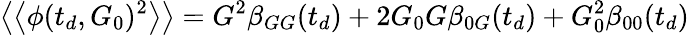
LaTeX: \left\langle\left\langle\phi(t_{d},G_{0})^{2}\right\rangle\right\rangle=G^{2}\beta_{GG}(t_{d})+2G_{0}G\beta_{0G}(t_{d})+G_{0}^{2}\beta_{00}(t_{d})